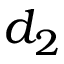
d _ { 2 }